Investigations into the jail dietaries of the United Provinces with some observations on the influence of dietary on the physical development and well-being of the people of the United Provinces - Number 48
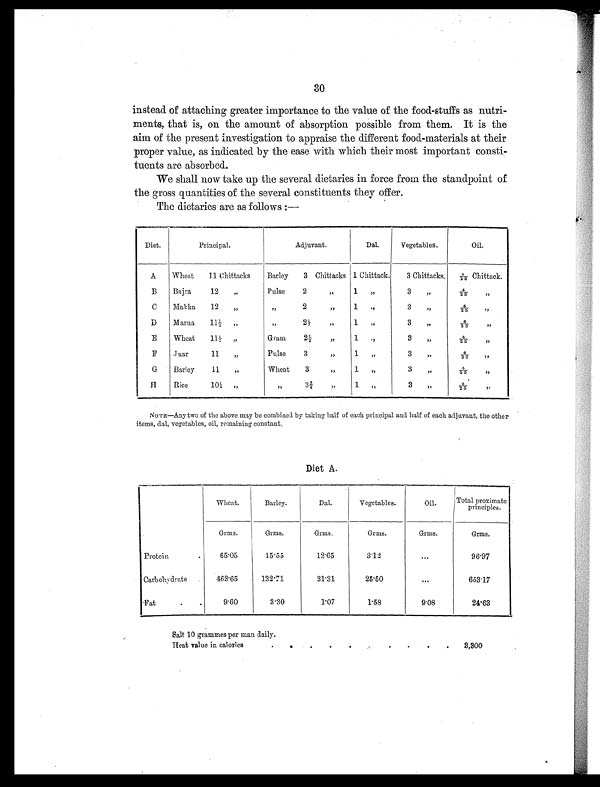
30
instead of attaching greater importance to the value of the food-stuffs as nutri-
ments, that is, on the amount of absorption possible from them. It is the
aim of the present investigation to appraise the different food-materials at their
proper value, as indicated by the ease with which their most important consti-
tuents are absorbed.
We shall now take up the several dietaries in force from the standpoint of
the gross quantities of the several constituents they offer.
The dietaries are as follows:—
Diet.
Principal.
Adjuvant.
Dal.
Vegetables.
Oil.
A
Wheat 11 Chittacks
Barley 3 Chittacks 1 Chittack.
3 Chittacks.
4/25 Chittack.
B
Bajra 12 „
Pulse 2 „
1 „
3 „
4/25 „
C
Makka 12 „
„ 2 „
1 „
3 „
4/25 „
D
Marua 11½ „
„ 2½ „
1 „
3 „
4/25 „
E
Wheat 11½ „
Gram 2½ „
1 „
3 „
4/25 „
F
Juar 11 „
Pulse 3 „
1 „
3 „
4 / 2 5 „
G
Barley 11 „
Wheat 3 „
1 „
3 „
4/25 „
H
Rice 10¼ „
„ 3¾ „
1 „
3 „
4 / 2 5 „
NOTE—Any two of the above may be combined by taking half of each principal and half of each adjuvant, the other
items, dal, vegetables, oil, remaining constant.
Diet A.
Wheat.
Barley.
Dal.
Vegetables.
Oil.
Total proximate
principles.
Grms.
Grms.
Grms.
Grms.
Grms.
Grms.
Protein
.
65.05
15.55
12.65
3.12
...
96.97
Carbohydrate
463.65
132.71
31.31
2 5 . 5 0
. . .
653.17
Fat
.
.
9.60
3.30
1.07
1.58
9.08
24.63
Salt 10 grammes per man daily.
Heat value in calories
.
.
.
.
. .
.
.
.
.
3,300